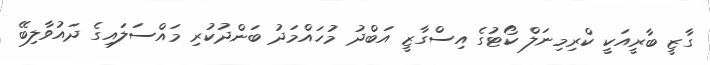
ގާޒީ ބާރީއަކީ ކްރިމިނަލް ކޯޓުގެ އިސްގާޒީ އަބްދު މުހައްމަދު ބަންދުކުރި މައްސަލައިގެ ދައުވާލިބޭ